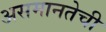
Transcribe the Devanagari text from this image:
असमानतेची